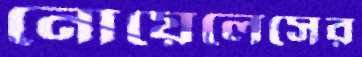
নোয়েলেসের